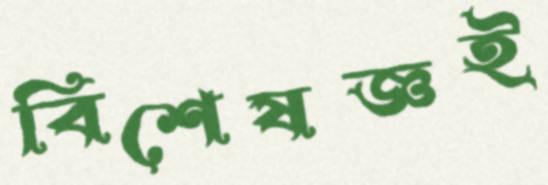
বিশেষজ্ঞই